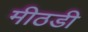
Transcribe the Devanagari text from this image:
मीठडी